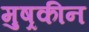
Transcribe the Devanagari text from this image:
मुष्रकीन